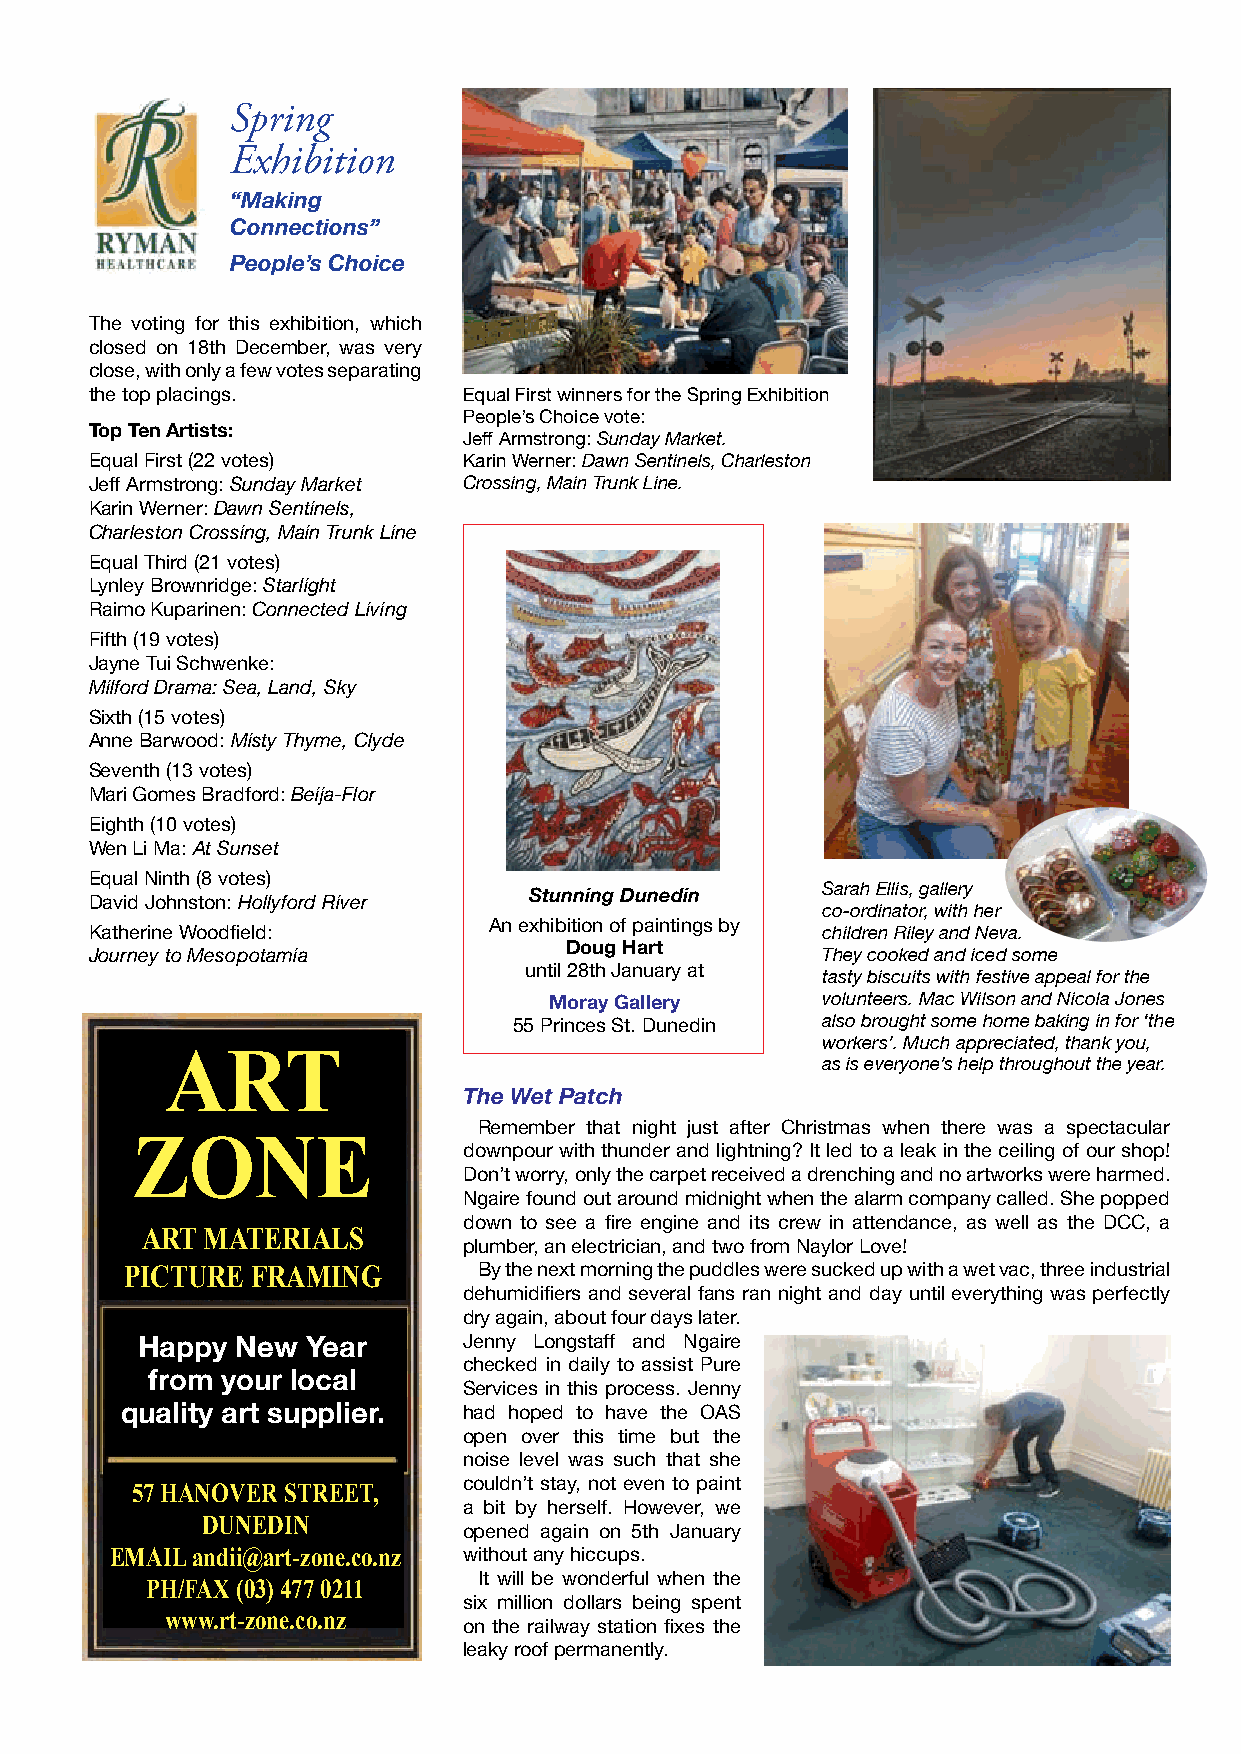
Spring
 Exhibition
 “Making
 Connections”
 People’s Choice
 The voting for this exhibition, which
 closed on 18th December, was very
 close, with only a few votes separating
 the top placings.        Equal First winners for the Spring Exhibition
 People’s Choice vote:
 Top Ten Artists:
 Jeff Armstrong: Sunday Market.
 Equal First (22 votes)   Karin Werner: Dawn Sentinels, Charleston
 Jeff Armstrong: Sunday Market Crossing, Main Trunk Line.
 Karin Werner: Dawn Sentinels,
 Charleston Crossing, Main Trunk Line
 Equal Third (21 votes)
 Lynley Brownridge: Starlight
 Raimo Kuparinen: Connected Living
 Fifth (19 votes)
 Jayne Tui Schwenke:
 Milford Drama: Sea, Land, Sky
 Sixth (15 votes)
 Anne Barwood: Misty Thyme, Clyde
 Seventh (13 votes)
 Mari Gomes Bradford: Beija-Flor
 Eighth (10 votes)
 Wen Li Ma: At Sunset
 Equal Ninth (8 votes)
 Sarah Ellis, gallery
 Stunning Dunedin
 David Johnston: Hollyford River
 co-ordinator, with her
 An exhibition of paintings by
 Katherine Woodfield:                            children Riley and Neva.
 Doug Hart
 Journey to Mesopotamia                          They cooked and iced some
 until 28th January at
 tasty biscuits with festive appeal for the
 Moray Gallery     volunteers. Mac Wilson and Nicola Jones
 55 Princes St. Dunedin also brought some home baking in for ‘the
 workers’. Much appreciated, thank you,
 ART
 as is everyone’s help throughout the year.
 The Wet Patch
 Remember that night just after Christmas when there was a spectacular
 ZONE
 downpour with thunder and lightning? It led to a leak in the ceiling of our shop!
 Don’t worry, only the carpet received a drenching and no artworks were harmed.
 Ngaire found out around midnight when the alarm company called. She popped
 down to see a fire engine and its crew in attendance, as well as the DCC, a
 ART MATERIALS
 plumber, an electrician, and two from Naylor Love!
 PICTURE  FRAMING        By the next morning the puddles were sucked up with a wet vac, three industrial
 dehumidifiers and several fans ran night and day until everything was perfectly
 dry again, about four days later.
 Happy  New Year       Jenny Longstaff and Ngaire
 checked in daily to assist Pure
 from your local
 Services in this process. Jenny
 quality art supplier.  had hoped to have the OAS
 open over this time but the
 noise level was such that she
 couldn’t stay, not even to paint
 57 HANOVER STREET,
 a bit by herself. However, we
 DUNEDIN
 opened again on 5th January
 EMAIL andii@art-zone.co.nz without any hiccups.
 It will be wonderful when the
 PH/FAX (03) 477 0211
 six million dollars being spent
 www.rt-zone.co.nz
 on the railway station fixes the
 leaky roof permanently.